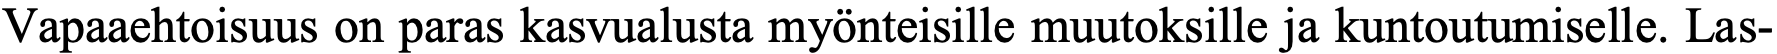
Vapaaehtoisuus on paras kasvualusta myönteisille muutoksille ja kuntoutumiselle. Las-